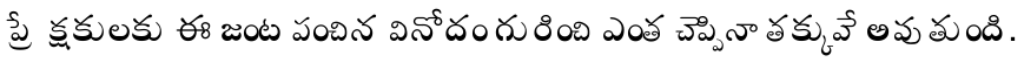
ప్రేక్షకులకు ఈ జంట పంచిన వినోదం గురించి ఎంత చెప్పినా తక్కువే అవుతుంది.